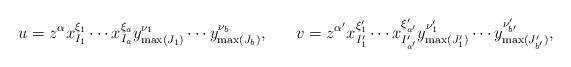
LaTeX: \begin{align*}u = z^{\alpha} x_{I_{1}}^{\xi_{1}} \cdots x_{I_{a}}^{\xi_{a}}y_{\max(J_{1})}^{\nu_{1}} \cdots y_{\max(J_{b})}^{\nu_{b}},\, \, \, \, \, \, \, \, \, \, v = z^{\alpha'} x_{I'_{1}}^{\xi'_{1}} \cdots x_{I'_{a'}}^{\xi'_{a'}}y_{\max(J'_{1})}^{\nu'_{1}} \cdots y_{\max(J'_{b'})}^{\nu'_{b'}},\end{align*}